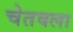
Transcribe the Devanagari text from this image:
चेतवला